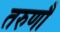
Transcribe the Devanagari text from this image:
तरुणौ